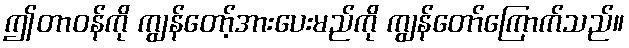
ဤတာဝန်ကို ကျွန်တော့်အားပေးမည်ကို ကျွန်တော်ကြောက်သည်။